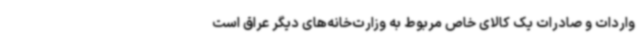
واردات و صادرات یک کالای خاص مربوط به وزارت‌خانه‌های دیگر عراق است